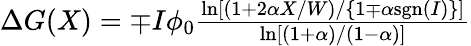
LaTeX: \begin{array}{r}{\Delta G(X)=\mp I\phi_{0}\frac{\ln[(1+2\alpha X/W)/\{ 1\mp\alpha\mathrm{sgn}(I)\} ]}{\ln[(1+\alpha)/(1-\alpha)]}}\end{array}